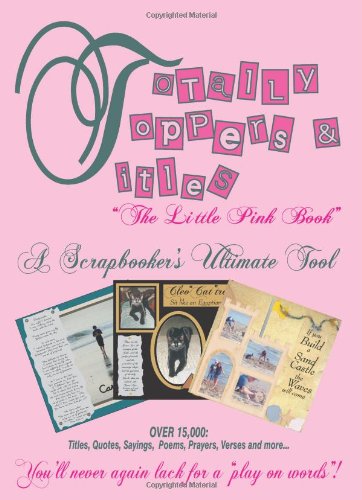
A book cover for Totally Toppers and Titles: The Little Pink Book; Cheryl Bradbury; Crafts, Hobbies & Home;